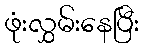
ဖုံးလွှမ်းနေပြီး